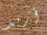
أريد